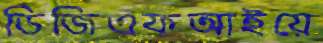
ডিজিএফআইয়ে